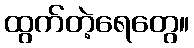
ထွက်တဲ့ရေတွေ။